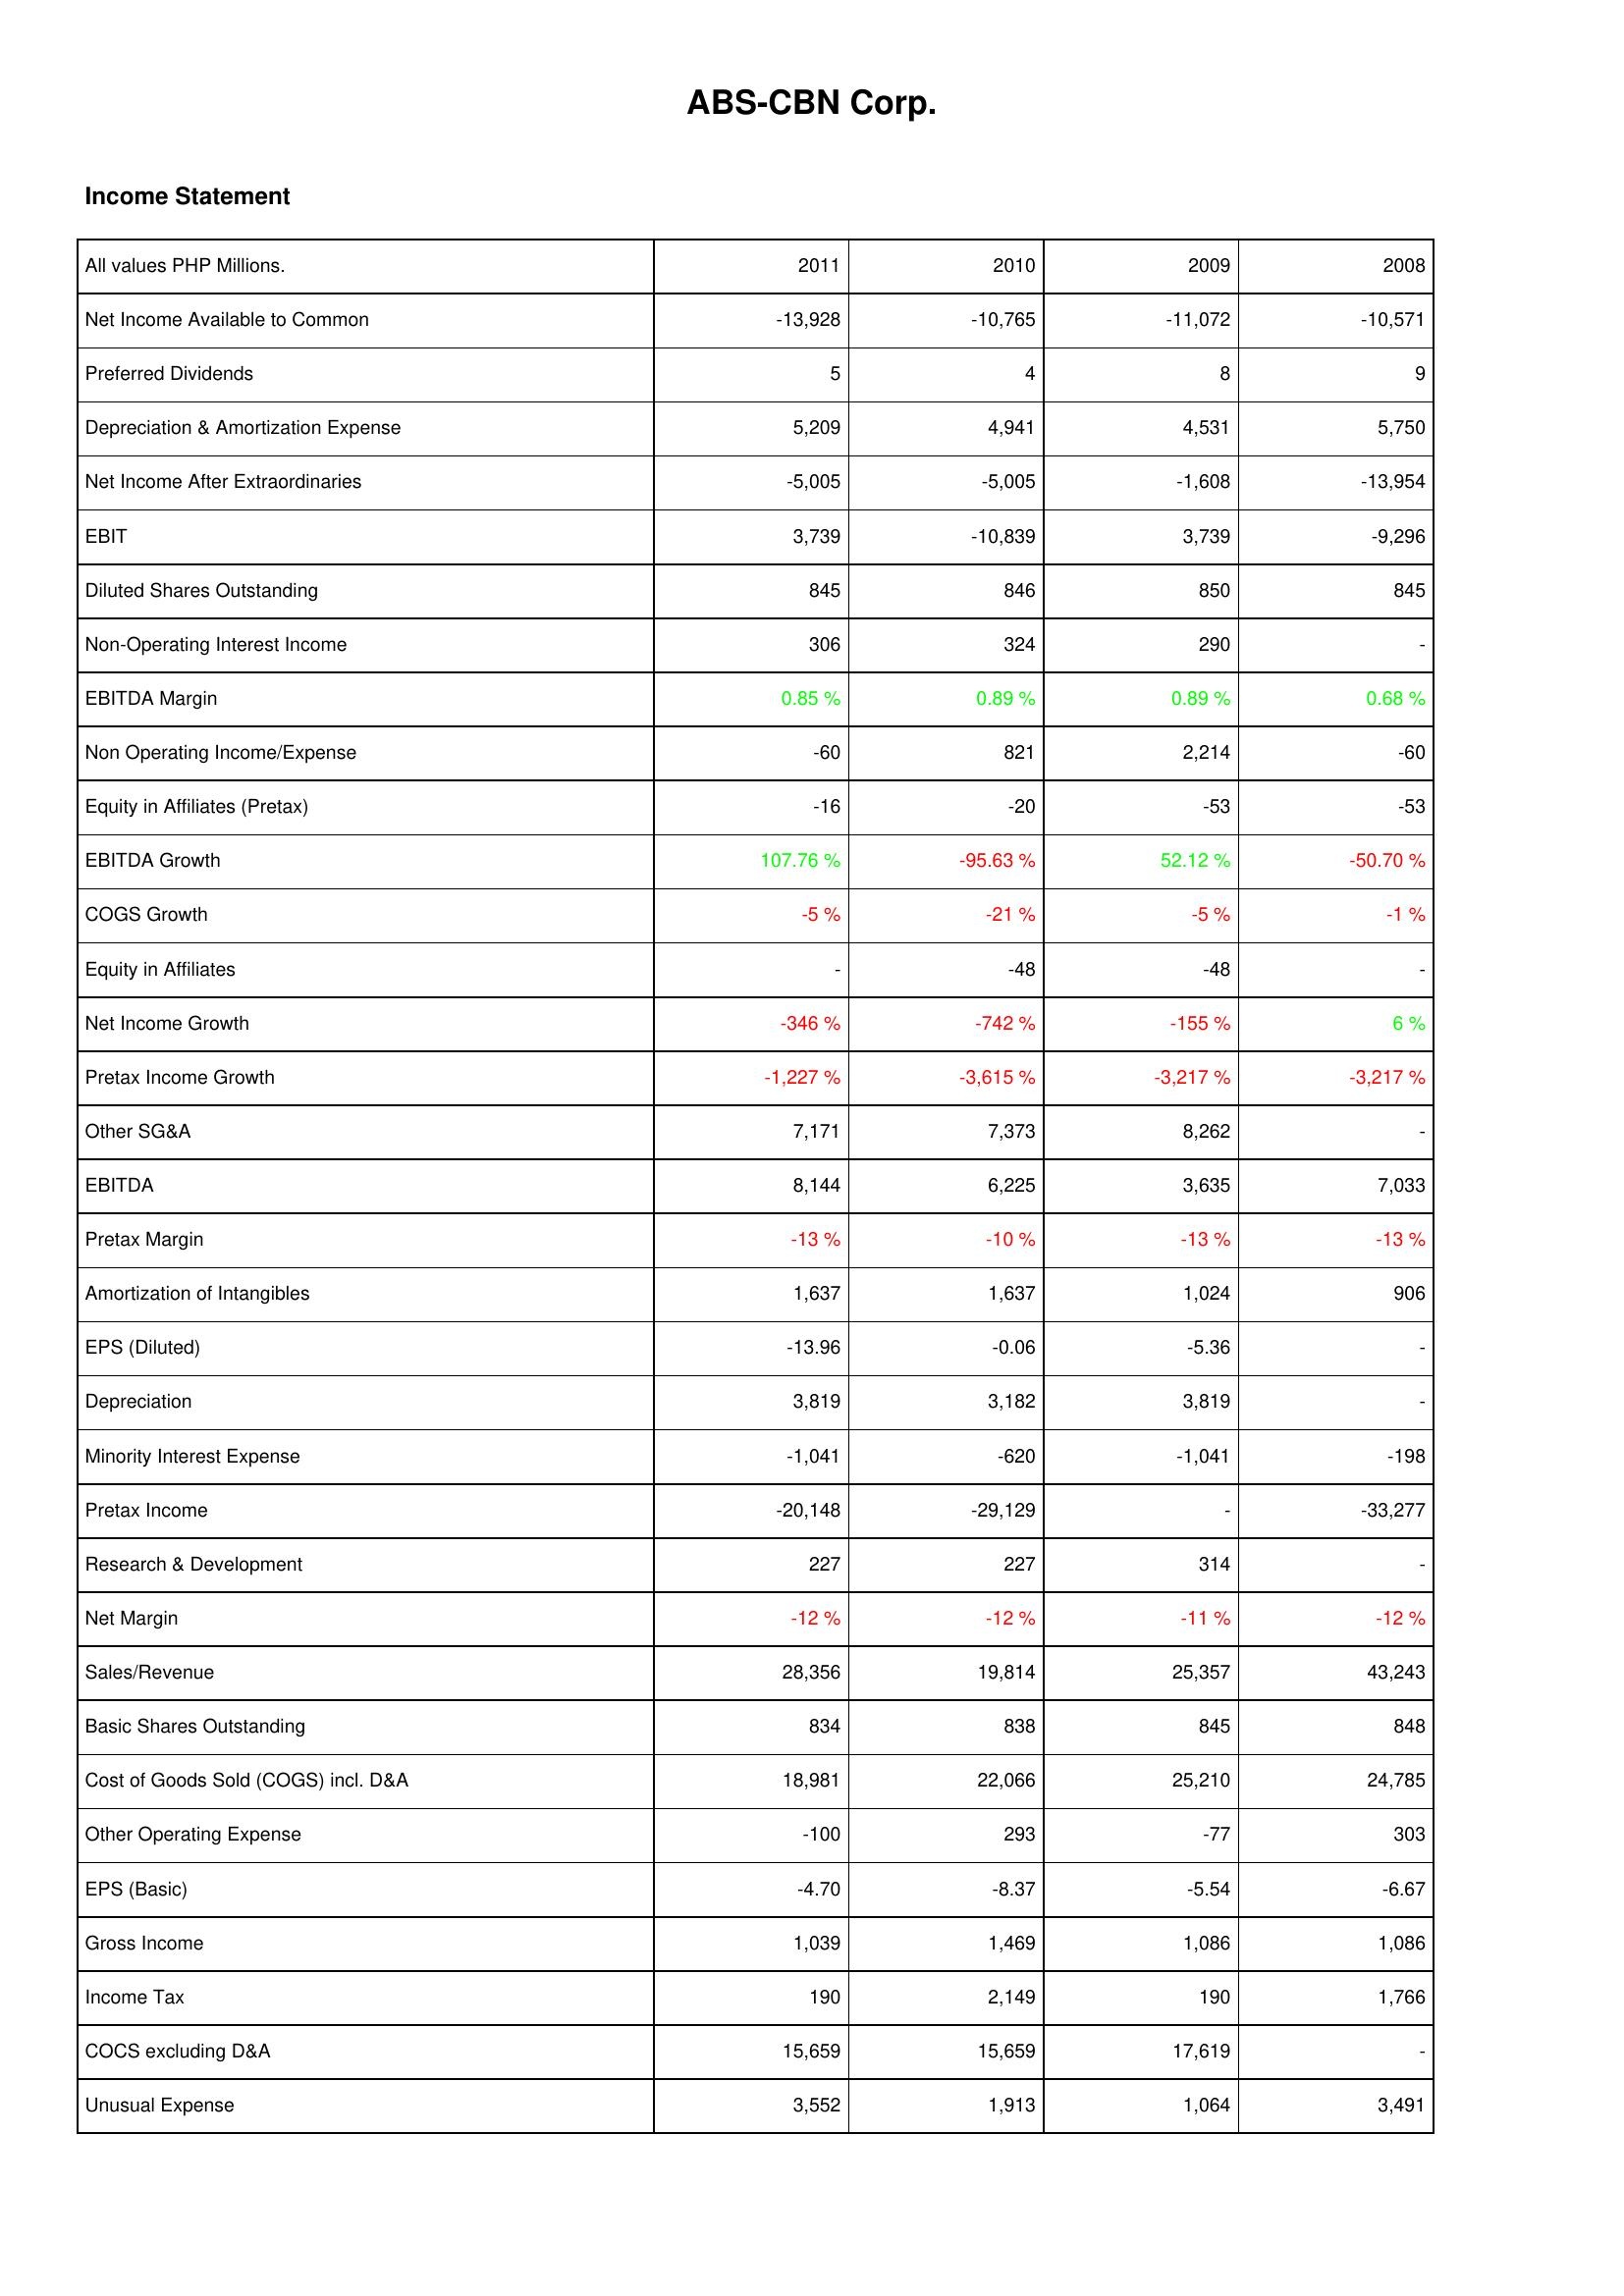
2011: Income Statement: Net Income Available to Common: -13,928
Preferred Dividends: 5
Depreciation & Amortization Expense: 5,209
Net Income After Extraordinaries: -5,005
EBIT: 3,739
Diluted Shares Outstanding: 845
Non-Operating Interest Income: 306
EBITDA Margin: 0.85 %
Non Operating Income/Expense: -60
Equity in Affiliates (Pretax): -16
EBITDA Growth: 107.76 %
COGS Growth: -5 %
Equity in Affiliates: -
Net Income Growth: -346 %
Pretax Income Growth: -1,227 %
Other SG&A: 7,171
EBITDA: 8,144
Pretax Margin: -13 %
Amortization of Intangibles: 1,637
EPS (Diluted): -13.96
Depreciation: 3,819
Minority Interest Expense: -1,041
Pretax Income: -20,148
Research & Development: 227
Net Margin: -12 %
Sales/Revenue: 28,356
Basic Shares Outstanding: 834
Cost of Goods Sold (COGS) incl. D&A: 18,981
Other Operating Expense: -100
EPS (Basic): -4.70
Gross Income: 1,039
Income Tax: 190
COCS excluding D&A: 15,659
Unusual Expense: 3,552
2010: Income Statement: Net Income Available to Common: -10,765
Preferred Dividends: 4
Depreciation & Amortization Expense: 4,941
Net Income After Extraordinaries: -5,005
EBIT: -10,839
Diluted Shares Outstanding: 846
Non-Operating Interest Income: 324
EBITDA Margin: 0.89 %
Non Operating Income/Expense: 821
Equity in Affiliates (Pretax): -20
EBITDA Growth: -95.63 %
COGS Growth: -21 %
Equity in Affiliates: -48
Net Income Growth: -742 %
Pretax Income Growth: -3,615 %
Other SG&A: 7,373
EBITDA: 6,225
Pretax Margin: -10 %
Amortization of Intangibles: 1,637
EPS (Diluted): -0.06
Depreciation: 3,182
Minority Interest Expense: -620
Pretax Income: -29,129
Research & Development: 227
Net Margin: -12 %
Sales/Revenue: 19,814
Basic Shares Outstanding: 838
Cost of Goods Sold (COGS) incl. D&A: 22,066
Other Operating Expense: 293
EPS (Basic): -8.37
Gross Income: 1,469
Income Tax: 2,149
COCS excluding D&A: 15,659
Unusual Expense: 1,913
2009: Income Statement: Net Income Available to Common: -11,072
Preferred Dividends: 8
Depreciation & Amortization Expense: 4,531
Net Income After Extraordinaries: -1,608
EBIT: 3,739
Diluted Shares Outstanding: 850
Non-Operating Interest Income: 290
EBITDA Margin: 0.89 %
Non Operating Income/Expense: 2,214
Equity in Affiliates (Pretax): -53
EBITDA Growth: 52.12 %
COGS Growth: -5 %
Equity in Affiliates: -48
Net Income Growth: -155 %
Pretax Income Growth: -3,217 %
Other SG&A: 8,262
EBITDA: 3,635
Pretax Margin: -13 %
Amortization of Intangibles: 1,024
EPS (Diluted): -5.36
Depreciation: 3,819
Minority Interest Expense: -1,041
Pretax Income: -
Research & Development: 314
Net Margin: -11 %
Sales/Revenue: 25,357
Basic Shares Outstanding: 845
Cost of Goods Sold (COGS) incl. D&A: 25,210
Other Operating Expense: -77
EPS (Basic): -5.54
Gross Income: 1,086
Income Tax: 190
COCS excluding D&A: 17,619
Unusual Expense: 1,064
2008: Income Statement: Net Income Available to Common: -10,571
Preferred Dividends: 9
Depreciation & Amortization Expense: 5,750
Net Income After Extraordinaries: -13,954
EBIT: -9,296
Diluted Shares Outstanding: 845
Non-Operating Interest Income: -
EBITDA Margin: 0.68 %
Non Operating Income/Expense: -60
Equity in Affiliates (Pretax): -53
EBITDA Growth: -50.70 %
COGS Growth: -1 %
Equity in Affiliates: -
Net Income Growth: 6 %
Pretax Income Growth: -3,217 %
Other SG&A: -
EBITDA: 7,033
Pretax Margin: -13 %
Amortization of Intangibles: 906
EPS (Diluted): -
Depreciation: -
Minority Interest Expense: -198
Pretax Income: -33,277
Research & Development: -
Net Margin: -12 %
Sales/Revenue: 43,243
Basic Shares Outstanding: 848
Cost of Goods Sold (COGS) incl. D&A: 24,785
Other Operating Expense: 303
EPS (Basic): -6.67
Gross Income: 1,086
Income Tax: 1,766
COCS excluding D&A: -
Unusual Expense: 3,491